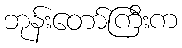
ဘုန်းတော်ကြီးက